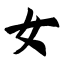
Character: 女